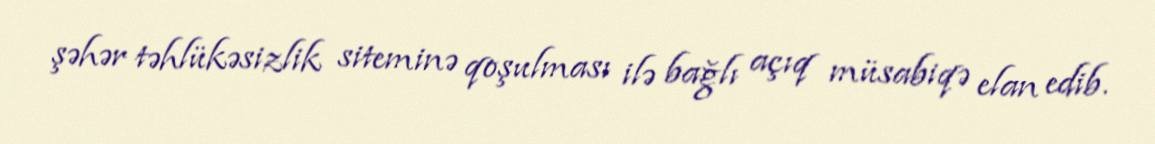
şəhər təhlükəsizlik siteminə qoşulması ilə bağlı açıq müsabiqə elan edib.